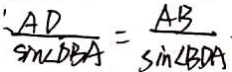
\frac { \prime A D } { \sin \angle D B A } = \frac { A B } { \sin \angle B D A }